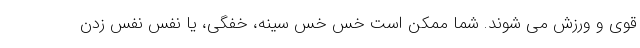
قوی و ورزش می شوند. شما ممکن است خس خس سینه، خفگی، یا نفس نفس زدن